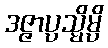
ဒဇ္ဇာပ္ပသ္မိမ္ပိ